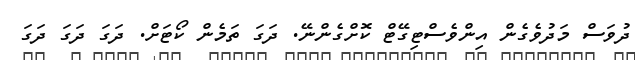
ދުވަސް މަދުވެގެން އިންވެސްޓިގޭޓް ކޮށްގެންނޭ. ދަގަ ތަމެން ކޯޓަަށް. ދަގަ ދަގަ ދަގަ